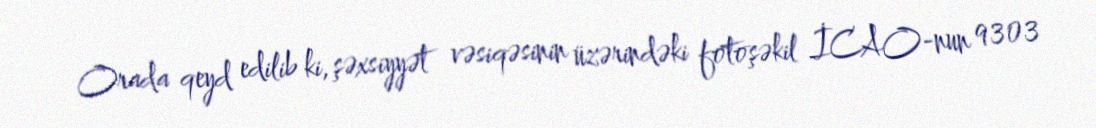
Orada qeyd edilib ki, şəxsiyyət vəsiqəsinin üzərindəki fotoşəkil İCAO-nun 9303